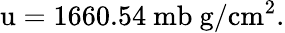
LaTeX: \mathrm{u}=1660.54\mathrm{~mb~g/cm^{2}}.